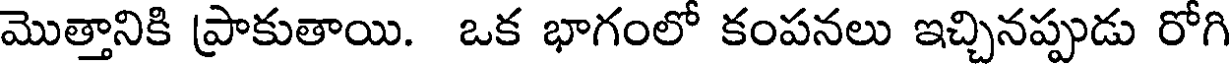
మొత్తానికి ప్రాకుతాయి. ఒక భాగంలో కంపనలు ఇచ్చినప్పుడు రోగి